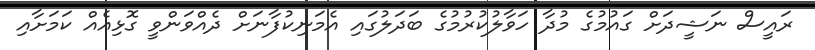
ރައީސް ނަޝީދަށް ގައުމުގެ މުދާ ހަވާލުކުރުމުގެ ބަދަލުގައި އެމަނިކުފާނަށް ދެއްވަންވީ ގޮޅިއެއް ކަމަށާއި